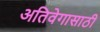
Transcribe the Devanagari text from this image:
अतिवेगासाठी